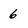
Character: 6